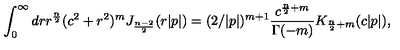
\int _ { 0 } ^ { \infty } d r r ^ { \frac { n } { 2 } } ( c ^ { 2 } + r ^ { 2 } ) ^ { m } J _ { \frac { n - 2 } { 2 } } ( r | p | ) = ( 2 / | p | ) ^ { m + 1 } \frac { c ^ { \frac { n } { 2 } + m } } { \Gamma ( - m ) } K _ { \frac { n } { 2 } + m } ( c | p | ) ,